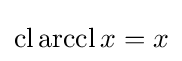
\operatorname {cl} \operatorname {arccl} x=x